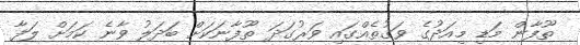
ތޫފާން މަޑި މިއަދުގެ ވަގުތެއްގައި ވަރުގަދަ ތޫފާނަކަށް ބަދަލު ވާނެ ކަމަށް ލަފާ